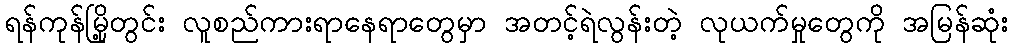
ရန်ကုန်မြို့တွင်း လူစည်ကားရာနေရာတွေမှာ အတင့်ရဲလွန်းတဲ့ လုယက်မှုတွေကို အမြန်ဆုံး